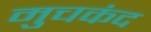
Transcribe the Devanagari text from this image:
मुचकंद